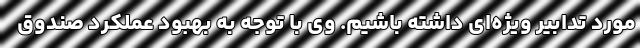
مورد تدابیر ویژه‌ای داشته باشیم. وی با توجه به بهبود عملکرد صندوق